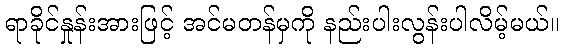
ရာခိုင်နှုန်းအားဖြင့် အင်မတန်မှကို နည်းပါးလွန်းပါလိမ့်မယ်။